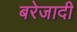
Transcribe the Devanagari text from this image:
बरेजादी